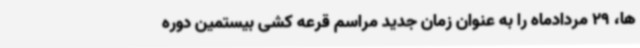
ها، 29 مردادماه را به عنوان زمان جدید مراسم قرعه کشی بیستمین دوره